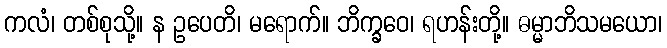
ကလံ၊ တစ်စုသို့။ န ဥပေတိ၊ မရောက်။ ဘိက္ခဝေ၊ ရဟန်းတို့။ ဓမ္မာဘိသမယော၊